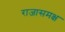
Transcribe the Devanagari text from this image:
राजासमक्ष